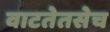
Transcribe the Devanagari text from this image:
वाटतेतसेच